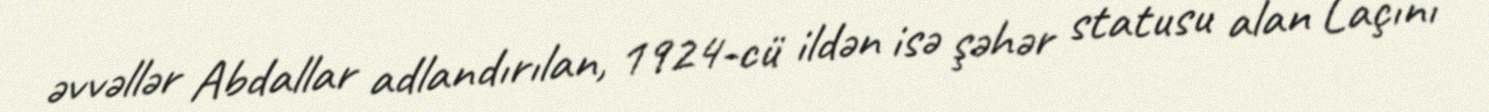
əvvəllər Abdallar adlandırılan, 1924-cü ildən isə şəhər statusu alan Laçını